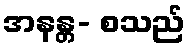
အနန္တ- စသည်